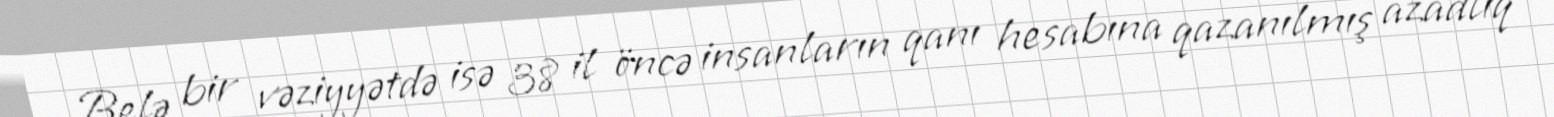
Belə bir vəziyyətdə isə 38 il öncə insanların qanı hesabına qazanılmış azadlıq